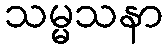
သမ္မသနာ